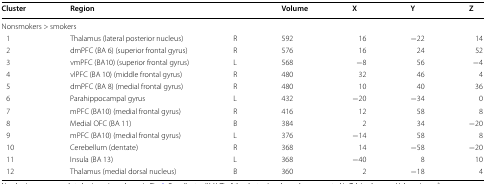
<table><thead><tr><td><b>Cluster</b></td><td colspan="2"><b>Region</b></td><td><b>Volume</b></td><td><b>X</b></td><td><b>Y</b></td><td><b>Z</b></td></tr></thead><tbody><tr><td colspan="7">Nonsmokers &gt; smokers</td></tr><tr><td> 1</td><td>Thalamus (lateral posterior nucleus)</td><td>R</td><td>592</td><td>16</td><td>−22</td><td>14</td></tr><tr><td> 2</td><td>dmPFC (BA 6) (superior frontal gyrus)</td><td>R</td><td>576</td><td>16</td><td>24</td><td>52</td></tr><tr><td> 3</td><td>vmPFC (BA10) (superior frontal gyrus)</td><td>L</td><td>568</td><td>−8</td><td>56</td><td>−4</td></tr><tr><td> 4</td><td>vlPFC (BA 10) (middle frontal gyrus)</td><td>R</td><td>480</td><td>32</td><td>46</td><td>4</td></tr><tr><td> 5</td><td>dmPFC (BA 8) (medial frontal gyrus)</td><td>R</td><td>480</td><td>10</td><td>40</td><td>36</td></tr><tr><td> 6</td><td>Parahippocampal gyrus</td><td>L</td><td>432</td><td>−20</td><td>−34</td><td>0</td></tr><tr><td> 7</td><td>mPFC (BA10) (medial frontal gyrus)</td><td>R</td><td>416</td><td>12</td><td>58</td><td>8</td></tr><tr><td> 8</td><td>Medial OFC (BA 11)</td><td>B</td><td>384</td><td>2</td><td>34</td><td>−20</td></tr><tr><td> 9</td><td>mPFC (BA10) (medial frontal gyrus)</td><td>L</td><td>376</td><td>−14</td><td>58</td><td>8</td></tr><tr><td> 10</td><td>Cerebellum (dentate)</td><td>R</td><td>368</td><td>14</td><td>−58</td><td>−20</td></tr><tr><td> 11</td><td>Insula (BA 13)</td><td>L</td><td>368</td><td>−40</td><td>8</td><td>10</td></tr><tr><td> 12</td><td>Thalamus (medial dorsal nucleus)</td><td>B</td><td>360</td><td>2</td><td>−18</td><td>4</td></tr></tbody></table>